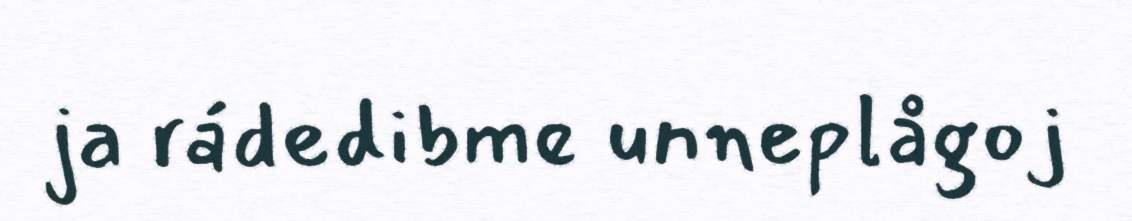
ja rádedibme unneplågoj